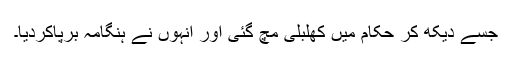
جسے دیکھ کر حکام میں کھلبلی مچ گئی اور انہوں نے ہنگامہ برپاکردیا۔